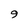
Character: 9